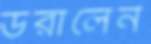
ডরালেন